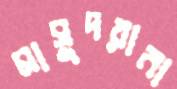
মাসুদরানা